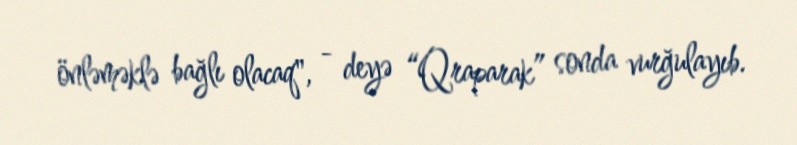
önləməklə bağlı olacaq", - deyə “Qraparak” sonda vurğulayıb.